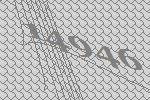
14946